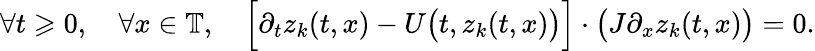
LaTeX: \forall t\geqslant 0,\quad\forall x\in\mathbb{T},\quad\Big[\partial_{t}z_{k}(t,x)-U\big(t,z_{k}(t,x)\big)\Big]\cdot\big(J\partial_{x}z_{k}(t,x)\big)=0.